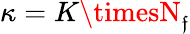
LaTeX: \kappa=K\timesN_{\mathfrak{f}}